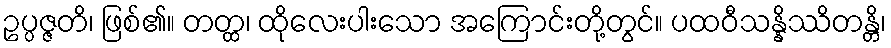
ဥပ္ပဇ္ဇတိ၊ ဖြစ်၏။ တတ္ထ၊ ထိုလေးပါးသော အကြောင်းတို့တွင်။ ပထဝီသန္နိဿိတန္တိ၊